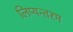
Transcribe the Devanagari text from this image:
लिप्यन्तरम